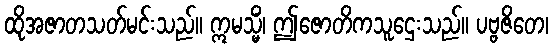
ထိုအဇာတသတ်မင်းသည်။ ဣမသ္မိံ၊ ဤဇောတိကသူဌေးသည်။ ပဗ္ဗဇိတေ၊